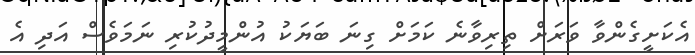
އެކަށީގެންވާ ވަރަށް ތިރިވާނެ ކަމަށް ގިނަ ބަޔަކު އުންމީދުކުރި ނަމަވެސް އަދި އެ